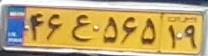
۴۶ع۵۶۵۱۹